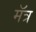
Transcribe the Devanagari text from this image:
मॅत्र